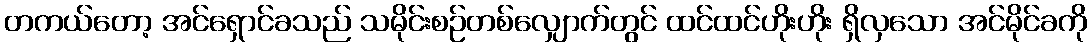
တကယ်တော့ အင်ရှောင်ခသည် သမိုင်းစဉ်တစ်လျှောက်တွင် ထင်ထင်ဟိုးဟိုး ရှိလှသော အင်မိုင်ခကို